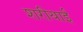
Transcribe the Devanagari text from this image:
शरीयाई